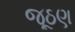
જૂઠણ